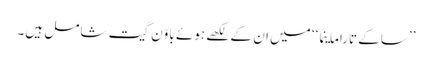
’’ساکے تاراماینما‘‘ میں ان کے لکھے ہوئے باوّن گیت شامل ہیں۔